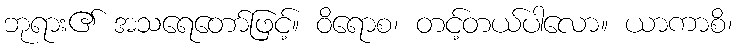
ဘုရား၏ အသရေတော်ဖြင့်။ ဝိရောစ၊ တင့်တယ်ပါလော။ ယာကာစိ၊